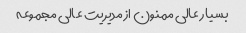
بسیار عالی ممنون از مدیریت عالی مجموعه